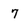
Character: 7